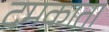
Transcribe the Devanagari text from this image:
दमकाता